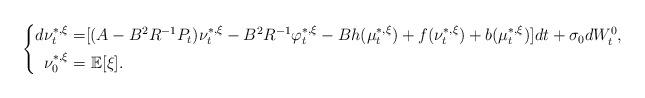
LaTeX: \begin{align*}\left\{\begin{aligned}d\nu_t^{*,\xi}=&[(A-B^2R^{-1}P_t)\nu_t^{*,\xi}-B^2R^{-1}\varphi_t^{*,\xi}-Bh(\mu_t^{*,\xi})+f(\nu_t^{*,\xi})+b(\mu_t^{*,\xi})]dt+\sigma_0dW^0_t,\\\nu_0^{*,\xi}=&~\mathbb{E}[\xi].\end{aligned}\right.\end{align*}